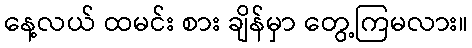
နေ့လယ် ထမင်း စား ချိန်မှာ တွေ့ကြမလား။